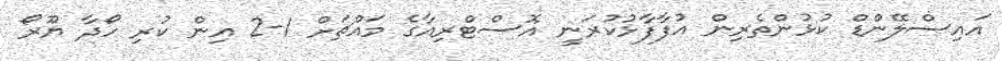
އައިސްލޭންޑް ކުޅުންތެރިން އުފާފާޅުކުރަނީ އޮސްޓްރިއާގެ މައްޗަށް 1-2 އިން ކުރި ހޯދާ ޔޫރޯ